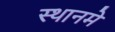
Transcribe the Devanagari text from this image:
स्थानमे